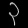
Digit: ၃